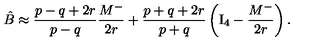
\hat { B } \approx { \frac { p - q + 2 r } { p - q } } { \frac { M ^ { - } } { 2 r } } + { \frac { p + q + 2 r } { p + q } } \left( \mathrm { I } _ { 4 } - { \frac { M ^ { - } } { 2 r } } \right) .